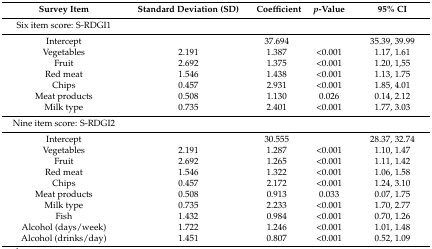
<table><thead><tr><td><b>Survey Item</b></td><td><b>Standard Deviation (SD)</b></td><td><b>Coefficient</b></td><td><b><i>p</i>-Value</b></td><td><b>95% CI</b></td></tr></thead><tbody><tr><td>Six item score: S-RDGI1</td><td></td><td></td><td></td><td></td></tr><tr><td>Intercept</td><td></td><td>37.694</td><td></td><td>35.39, 39.99</td></tr><tr><td>Vegetables</td><td>2.191</td><td>1.387</td><td>&lt;0.001</td><td>1.17, 1.61</td></tr><tr><td>Fruit</td><td>2.692</td><td>1.375</td><td>&lt;0.001</td><td>1.20, 1,55</td></tr><tr><td>Red meat</td><td>1.546</td><td>1.438</td><td>&lt;0.001</td><td>1.13, 1.75</td></tr><tr><td>Chips</td><td>0.457</td><td>2.931</td><td>&lt;0.001</td><td>1.85, 4.01</td></tr><tr><td>Meat products</td><td>0.508</td><td>1.130</td><td>0.026</td><td>0.14, 2.12</td></tr><tr><td>Milk type</td><td>0.735</td><td>2.401</td><td>&lt;0.001</td><td>1.77, 3.03</td></tr><tr><td>Nine item score: S-RDGI2</td><td></td><td></td><td></td><td></td></tr><tr><td>Intercept</td><td></td><td>30.555</td><td></td><td>28.37, 32.74</td></tr><tr><td>Vegetables</td><td>2.191</td><td>1.287</td><td>&lt;0.001</td><td>1.10, 1.47</td></tr><tr><td>Fruit</td><td>2.692</td><td>1.265</td><td>&lt;0.001</td><td>1.11, 1.42</td></tr><tr><td>Red meat</td><td>1.546</td><td>1.322</td><td>&lt;0.001</td><td>1.06, 1.58</td></tr><tr><td>Chips</td><td>0.457</td><td>2.172</td><td>&lt;0.001</td><td>1.24, 3.10</td></tr><tr><td>Meat products</td><td>0.508</td><td>0.913</td><td>0.033</td><td>0.07, 1.75</td></tr><tr><td>Milk type</td><td>0.735</td><td>2.233</td><td>&lt;0.001</td><td>1.70, 2.77</td></tr><tr><td>Fish</td><td>1.432</td><td>0.984</td><td>&lt;0.001</td><td>0.70, 1.26</td></tr><tr><td>Alcohol (days/week)</td><td>1.722</td><td>1.246</td><td>&lt;0.001</td><td>1.01, 1.48</td></tr><tr><td>Alcohol (drinks/day)</td><td>1.451</td><td>0.807</td><td>&lt;0.001</td><td>0.52, 1.09</td></tr></tbody></table>